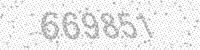
Solution: 669851